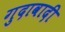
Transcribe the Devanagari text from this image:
गुदावादी